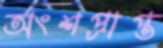
অংশপ্রাপ্ত